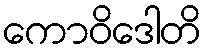
ကောဝိဒေါတိ